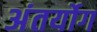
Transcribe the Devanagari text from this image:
अंतर्योग